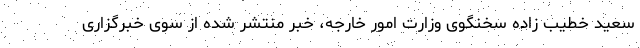
سعید خطیب زاده سخنگوی وزارت امور خارجه، خبر منتشر شده از سوی خبرگزاری